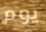
يوم